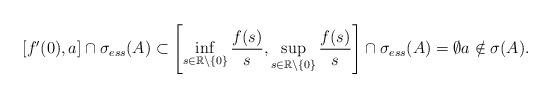
LaTeX: \begin{align*}[f'(0),a]\cap \sigma_{ess}(A) \subset \left[\inf_{s\in \mathbb{R}\setminus\{0\}}\dfrac{f(s)}{s},\sup_{s\in \mathbb{R}\setminus\{0\}}\dfrac{f(s)}{s}\right]\cap\sigma_{ess}(A) = \emptyset a\notin \sigma(A).\end{align*}